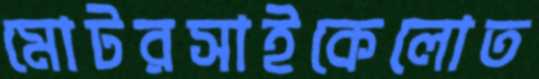
মোটরসাইকেলোত